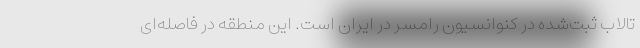
تالاب ثبت‌شده در کنوانسیون رامسر در ایران است. این منطقه در فاصله‌ای